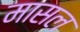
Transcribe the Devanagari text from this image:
मासल